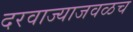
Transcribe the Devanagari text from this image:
दरवाज्याजवळच